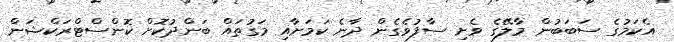
އެކަމުގެ ސަބަބުން މާލޭގެ ވެށި ސާފުވެގެން ދާނެ ކަމަށާއި މަގުތައް ބަންދުކޮށް ކޮންސްޓްރަކްޝަން